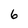
Character: 6